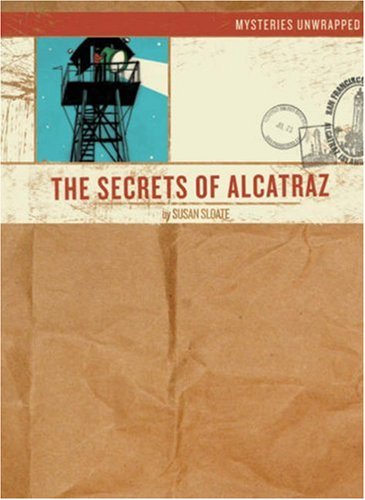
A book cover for Mysteries Unwrapped: The Secrets of Alcatraz; Susan Sloate; Children's Books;